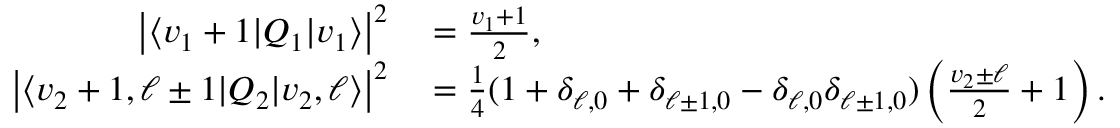
\begin{array} { r l } { \left\lvert \langle v _ { 1 } + 1 | Q _ { 1 } | v _ { 1 } \rangle \right\lvert ^ { 2 } } & { { } = \frac { v _ { 1 } + 1 } { 2 } , } \\ { \left\lvert \langle v _ { 2 } + 1 , \ell \pm 1 | Q _ { 2 } | v _ { 2 } , \ell \rangle \right\lvert ^ { 2 } } & { { } = \frac { 1 } { 4 } ( 1 + \delta _ { \ell , 0 } + \delta _ { \ell \pm 1 , 0 } - \delta _ { \ell , 0 } \delta _ { \ell \pm 1 , 0 } ) \left( \frac { v _ { 2 } \pm \ell } { 2 } + 1 \right) . } \end{array}